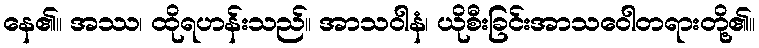
နေ၏။ အဿ၊ ထိုရဟန်းသည်။ အာသဝါနံ၊ ယိုစီးခြင်းအာသဝေါတရားတို့၏။